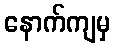
နောက်ကျမှ